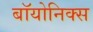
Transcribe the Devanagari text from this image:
बॉयोनिक्स